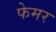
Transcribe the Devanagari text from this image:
फेमर